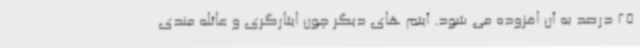
25 درصد به آن افزوده می شود. آیتم های دیگر چون ایثارگری و عائله مندی